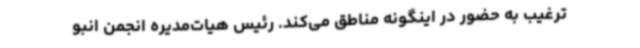
ترغیب به حضور در اینگونه مناطق می‌کند. رئیس هیات‌مدیره انجمن انبو